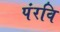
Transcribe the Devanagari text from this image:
पंरवि